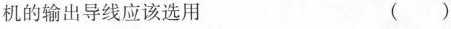
机的输出导线应该选用 ( )